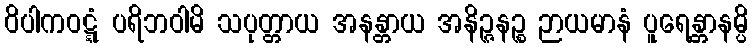
ဝိပါကဝဋ္ဋံ ပရိဘဝါမိ သပုတ္တာယ အနန္တာယ အနိဉ္ဇနဉ္စ ဉာယမာနံ ပူရေန္တာနမ္ပိ